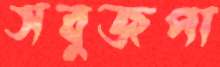
সবুজপা